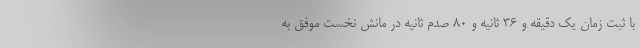
با ثبت زمان یک دقیقه و ۳۶ ثانیه و ۸۰ صدم ثانیه در مانش نخست موفق به